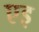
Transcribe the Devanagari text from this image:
एइ